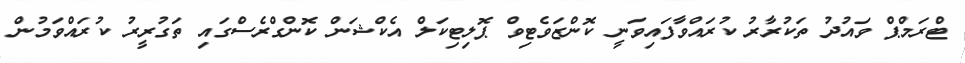
ޓްރަމްޕް ވައުދު ތަކުރާރު ކުރައްވާފައިވަނީ ކޮންޒަވެޓިވް ޕޮލިޓިކަލް އެކްޝަން ކޮންގްރެސްގައި ތަގުރީރު ކުރައްވަމުން